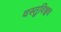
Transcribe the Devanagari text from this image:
वस्तुविश्वच